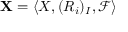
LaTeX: \mathbf { X } = \langle X , ( R _ { i } ) _ { I } , { \mathcal { F } } \rangle